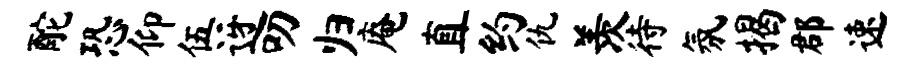
酡恐仰伍迓叨归庵直约仇羡待氛揭郡速